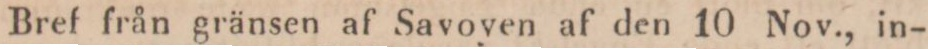
Bref från gränsen af Savoyen af den 10 Nov., in-